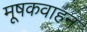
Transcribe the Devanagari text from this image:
मूषकवाहन